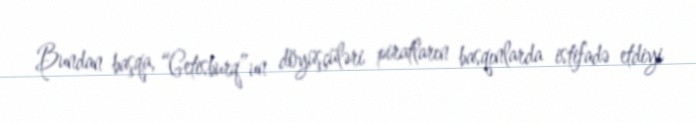
Bundan başqa, “Getisburq”un döyüşçüləri piratların basqınlarda istifadə etdiyi